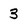
Character: 3